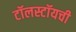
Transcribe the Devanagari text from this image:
टॉलस्टॉयची